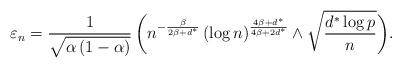
LaTeX: \begin{align*}\varepsilon_n=\frac{1}{\sqrt{\alpha\,(1-\alpha)}}\, \bigg(n^{-\frac{\beta}{2\beta + d^\ast}} \, (\log n)^{\frac{4\beta +d^\ast}{4\beta +2 d^\ast}} \wedge \sqrt{\frac{d^\ast \log p}{n}}\bigg).\end{align*}